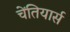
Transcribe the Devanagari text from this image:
चेंतियार्स